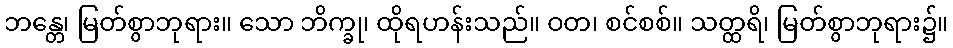
ဘန္တေ၊ မြတ်စွာဘုရား။ သော ဘိက္ခု၊ ထိုရဟန်းသည်။ ဝတ၊ စင်စစ်။ သတ္ထရိ၊ မြတ်စွာဘုရား၌။